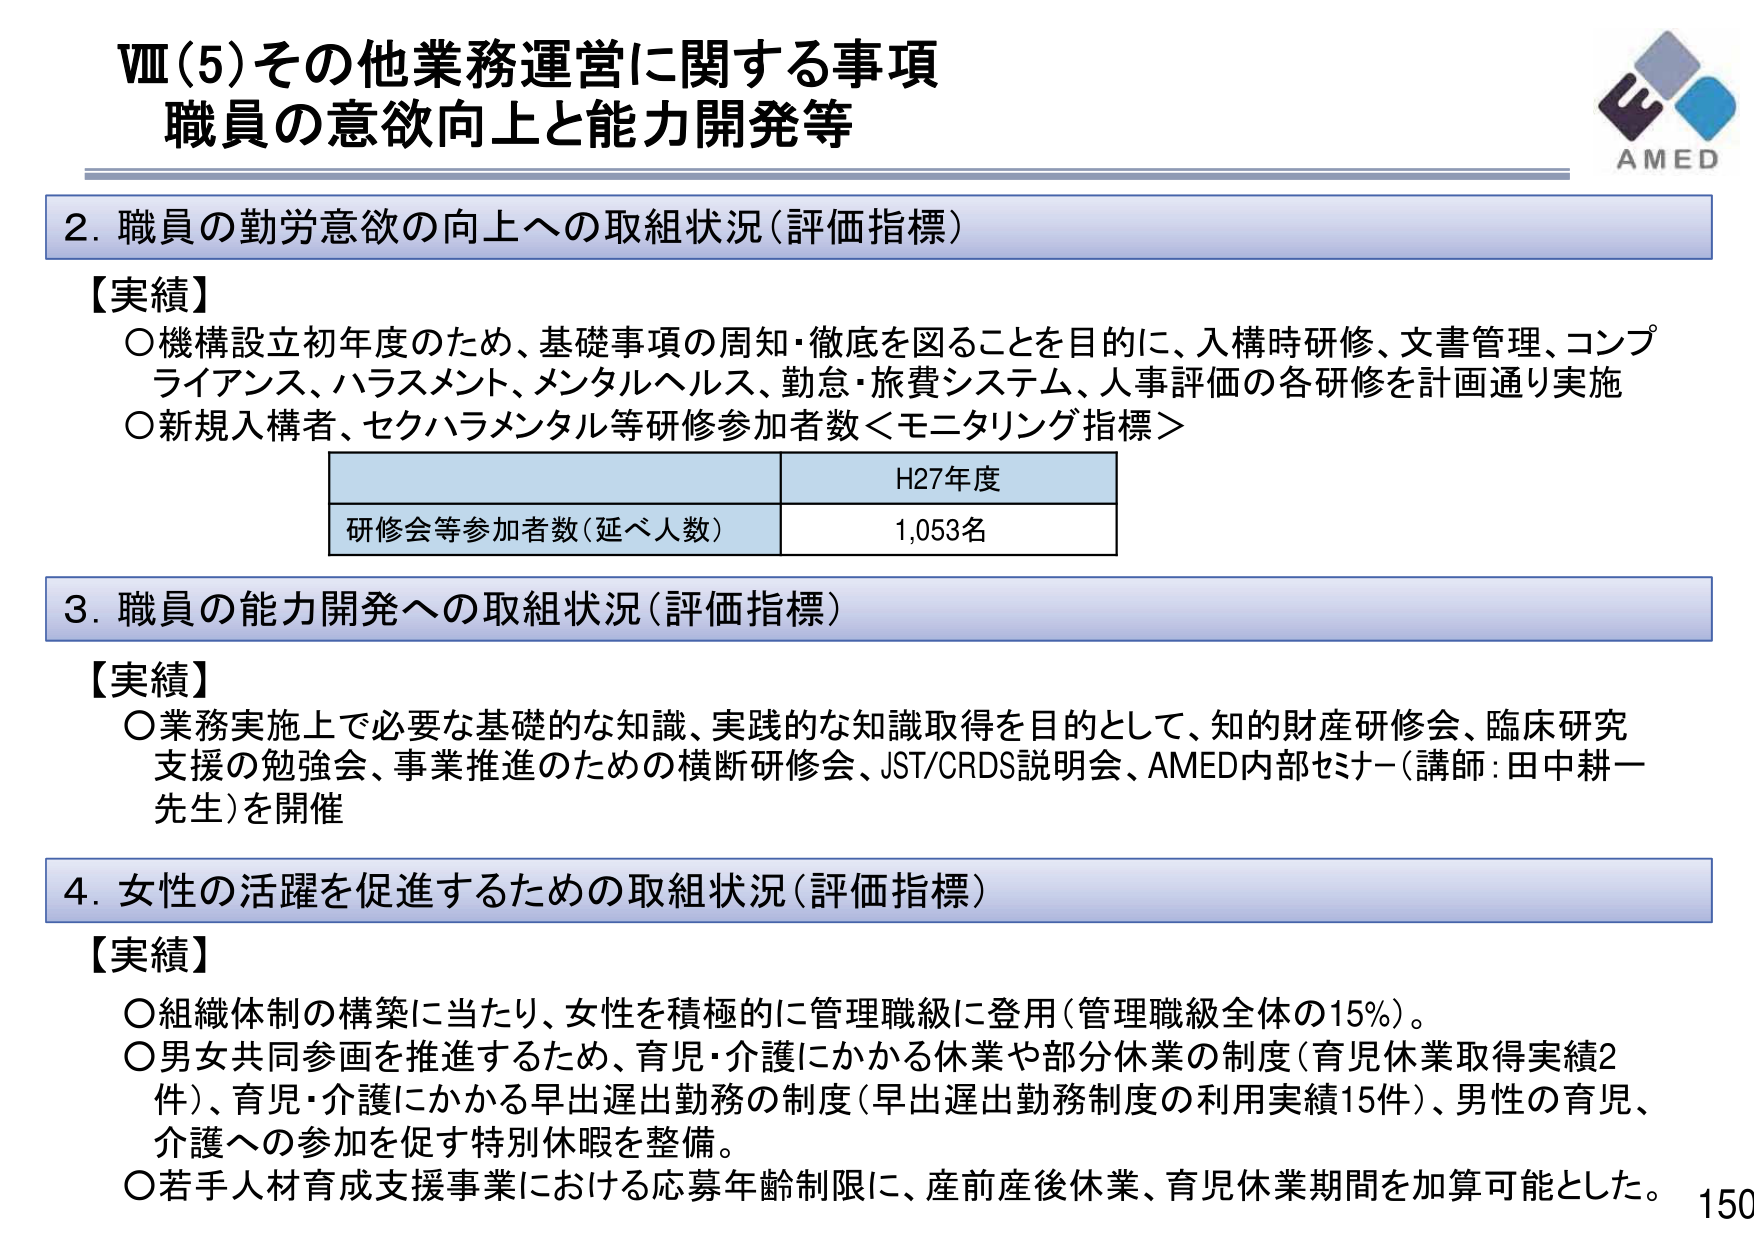
Ⅷ(5)その他業務運営に関する事項
職員の意欲向上と能力開発等

AMED

2. 職員の勤労意欲の向上への取組状況（評価指標）

【実績】
○機構設立初年度のため、基礎事項の周知・徹底を図ることを目的に、入構時研修、文書管理、コンプライアンス、ハラスメント、メンタルヘルス、勤怠・旅費システム、人事評価の各研修を計画通り実施
○新規入構者、セクハラメンタル等研修参加者数＜モニタリング指標＞

H27年度
研修会等参加者数（延べ人数）　1,053名

3. 職員の能力開発への取組状況（評価指標）

【実績】
○業務実施上で必要な基礎的な知識、実践的な知識取得を目的として、知的財産研修会、臨床研究支援の勉強会、事業推進のための横断研修会、JST/CRDS説明会、AMED内部セミナー（講師：田中耕一先生）を開催

4. 女性の活躍を促進するための取組状況（評価指標）

【実績】
○組織体制の構築に当たり、女性を積極的に管理職級に登用（管理職級全体の15%）。
○男女共同参画を推進するため、育児・介護にかかる休業や部分休業の制度（育児休業取得実績2件）、育児・介護にかかる早出遅出勤務の制度（早出遅出勤務制度の利用実績15件）、男性の育児、介護への参加を促す特別休暇を整備。
○若手人材育成支援事業における応募年齢制限に、産前産後休業、育児休業期間を加算可能とした。

150